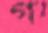
গ